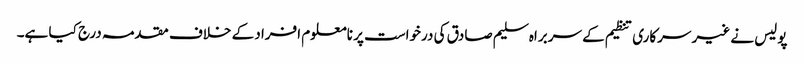
پولیس نے غیر سرکاری تنظیم کے سربراہ سلیم صادق کی درخواست پر نامعلوم افراد کے خلاف مقدمہ درج کیا ہے۔